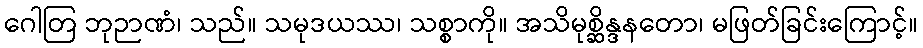
ဂေါတြ ဘုဉာဏံ၊ သည်။ သမုဒယဿ၊ သစ္စာကို။ အသိမုစ္ဆိန္ဒနတော၊ မဖြတ်ခြင်းကြောင့်။